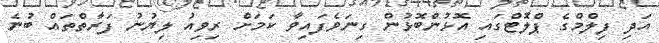
އަދި ފިލްމްގެ ޕްލޮޓްގައި އޮޅުންބޮޅުން ގިނަވެފައިވާ ކަމަށް ރިވިއު ލިޔުނު ފަރާތްތައް ބުނެ